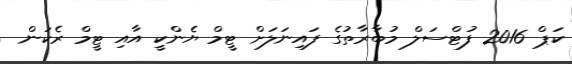
ކަޕް 2016 ފުޓްސަލް މުބާރާތުގެ ފައިނަލަށް ޓީމް ޔެންކީ އާއި ޓީމް ރެކަން